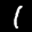
Label: 1